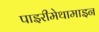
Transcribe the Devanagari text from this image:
पाइरीमेथामाइन